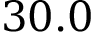
3 0 . 0